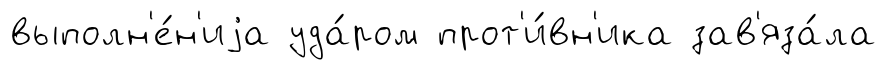
выполн'е́н'иjа уда́ром прот'и́вн'ика зав'яза́ла